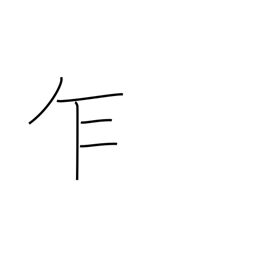
Meaning: notwithstanding